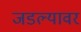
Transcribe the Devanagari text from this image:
जडल्यावर